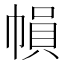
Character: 𢄙